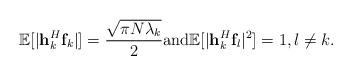
LaTeX: \begin{align*}\mathbb{E}[|{\bf h}^H_k {\bf f}_k|]=\frac{\sqrt{\pi N \lambda_k}}{2} {\rm and} \mathbb{E}[|{\bf h}^H_k {\bf f}_l|^2]=1, l \neq k.\end{align*}